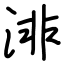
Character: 渄